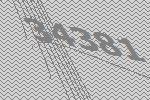
34381